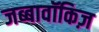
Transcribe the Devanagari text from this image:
जब्बावॉकिज़